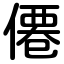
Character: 僊